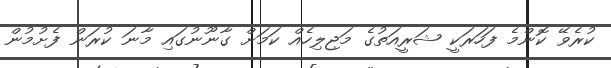
ކުރެވޭ ކޮންމެ ފަހަރަކީ ޝަރީއަތުގެ މަޖިލިހެއް ކަމަށް ގާނޫނުގައި މާނަ ކުރަން ފެށުމުން